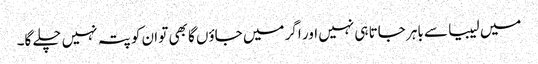
میں لیبیا سے باہر جاتا ہی نہیں اور اگر میں جاؤں گا بھی تو ان کو پتہ نہیں چلے گا۔